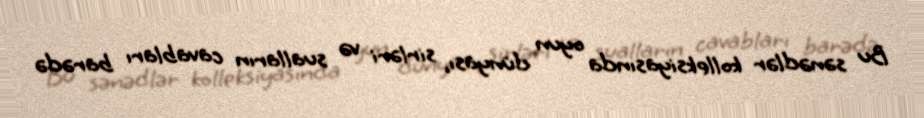
Bu sənədlər kolleksiyasında oyun dünyası, sirləri və sualların cavabları barədə